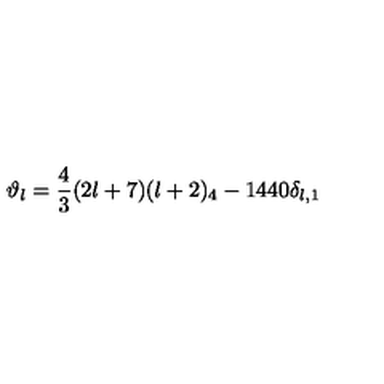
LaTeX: \vartheta _ { l } = \frac { 4 } { 3 } ( 2 l + 7 ) ( l + 2 ) _ { 4 } - 1 4 4 0 \delta _ { l , 1 }